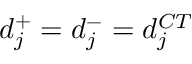
d _ { j } ^ { + } = d _ { j } ^ { - } = d _ { j } ^ { C T }